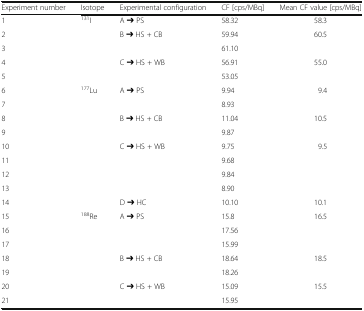
<table><thead><tr><td><b>Experiment number</b></td><td><b>Isotope</b></td><td><b>Experimental configuration</b></td><td><b>CF [cps/MBq]</b></td><td><b>Mean CF value [cps/MBq]</b></td></tr></thead><tbody><tr><td>1</td><td rowspan="5"><sup>131</sup>I</td><td>A ➔ PS</td><td>58.32</td><td>58.3</td></tr><tr><td>2</td><td rowspan="2">B ➔ HS + CB</td><td>59.94</td><td rowspan="2">60.5</td></tr><tr><td>3</td><td>61.10</td></tr><tr><td>4</td><td rowspan="2">C ➔ HS + WB</td><td>56.91</td><td rowspan="2">55.0</td></tr><tr><td>5</td><td>53.05</td></tr><tr><td>6</td><td rowspan="9"><sup>177</sup>Lu</td><td rowspan="2">A ➔ PS</td><td>9.94</td><td rowspan="2">9.4</td></tr><tr><td>7</td><td>8.93</td></tr><tr><td>8</td><td rowspan="2">B ➔ HS + CB</td><td>11.04</td><td rowspan="2">10.5</td></tr><tr><td>9</td><td>9.87</td></tr><tr><td>10</td><td rowspan="4">C ➔ HS + WB</td><td>9.75</td><td rowspan="4">9.5</td></tr><tr><td>11</td><td>9.68</td></tr><tr><td>12</td><td>9.84</td></tr><tr><td>13</td><td>8.90</td></tr><tr><td>14</td><td>D ➔ HC</td><td>10.10</td><td>10.1</td></tr><tr><td>15</td><td rowspan="7"><sup>188</sup>Re</td><td rowspan="3">A ➔ PS</td><td>15.8</td><td rowspan="3">16.5</td></tr><tr><td>16</td><td>17.56</td></tr><tr><td>17</td><td>15.99</td></tr><tr><td>18</td><td rowspan="2">B ➔ HS + CB</td><td>18.64</td><td rowspan="2">18.5</td></tr><tr><td>19</td><td>18.26</td></tr><tr><td>20</td><td rowspan="2">C ➔ HS + WB</td><td>15.09</td><td rowspan="2">15.5</td></tr><tr><td>21</td><td>15.95</td></tr></tbody></table>